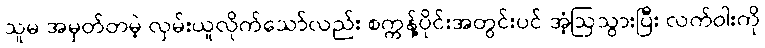
သူမ အမှတ်တမဲ့ လှမ်းယူလိုက်သော်လည်း စက္ကန့်ပိုင်းအတွင်းပင် အံ့ဩသွားပြီး လက်ဝါးကို